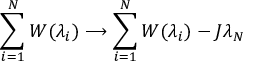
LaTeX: \sum _ { i = 1 } ^ { N } W ( \lambda _ { i } ) \longrightarrow \sum _ { i = 1 } ^ { N } W ( \lambda _ { i } ) - J \lambda _ { N }